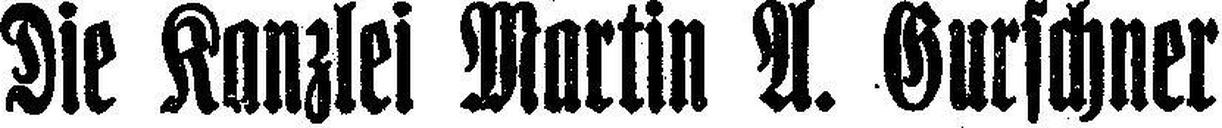
Die Kanzlei Martin A. Gurschner